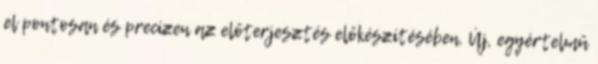
el pontosan és precízen az előterjesztés előkészítésében. Új, egyértelmű